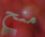
منح